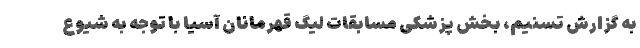
به گزارش تسنیم، بخش پزشکی مسابقات لیگ قهرمانان آسیا با توجه به شیوع